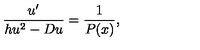
\frac { u ^ { \prime } } { h u ^ { 2 } - D u } = \frac { 1 } { P ( x ) } ,